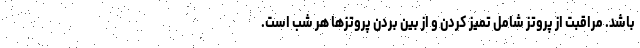
باشد. مراقبت از پروتز شامل تمیز کردن و از بین بردن پروتزها هر شب است.